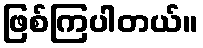
ဖြစ်ကြပါတယ်။